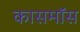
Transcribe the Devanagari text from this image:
कासमॉस